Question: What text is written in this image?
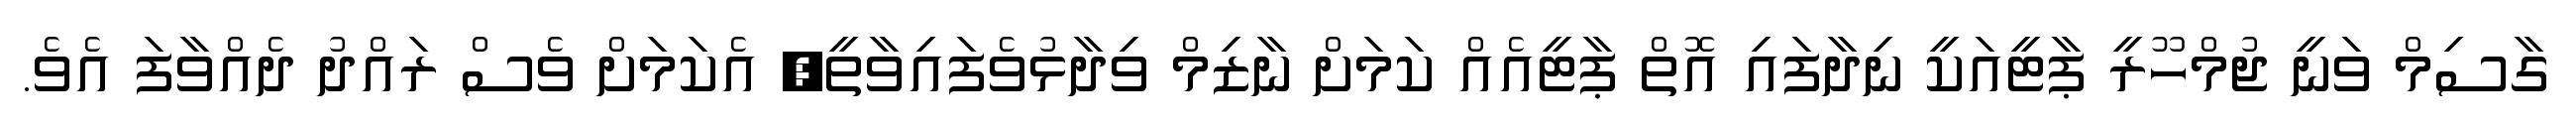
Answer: ގާސިމް ވަނީ ޖުމްހޫރީ ޕާޓީއަކީ ނިދާފައި އޮތް ޕާޓީއެއް ކަމަށް ނާޒިމް ވިދާޅުވެފައިވާތީ, އެކަމަށް ވެސް ރައްދު ދެއްވާފަ އެވެ.